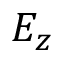
E _ { z }